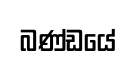
බණ්ඩයේ